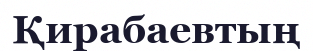
Қирабаевтың